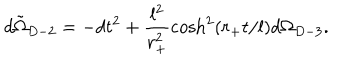
LaTeX: d \tilde { \Omega } _ { D - 2 } = - d t ^ { 2 } + \frac { l ^ { 2 } } { r _ { + } ^ { 2 } } \cosh ^ { 2 } ( r _ { + } t / l ) d \Omega _ { D - 3 } .